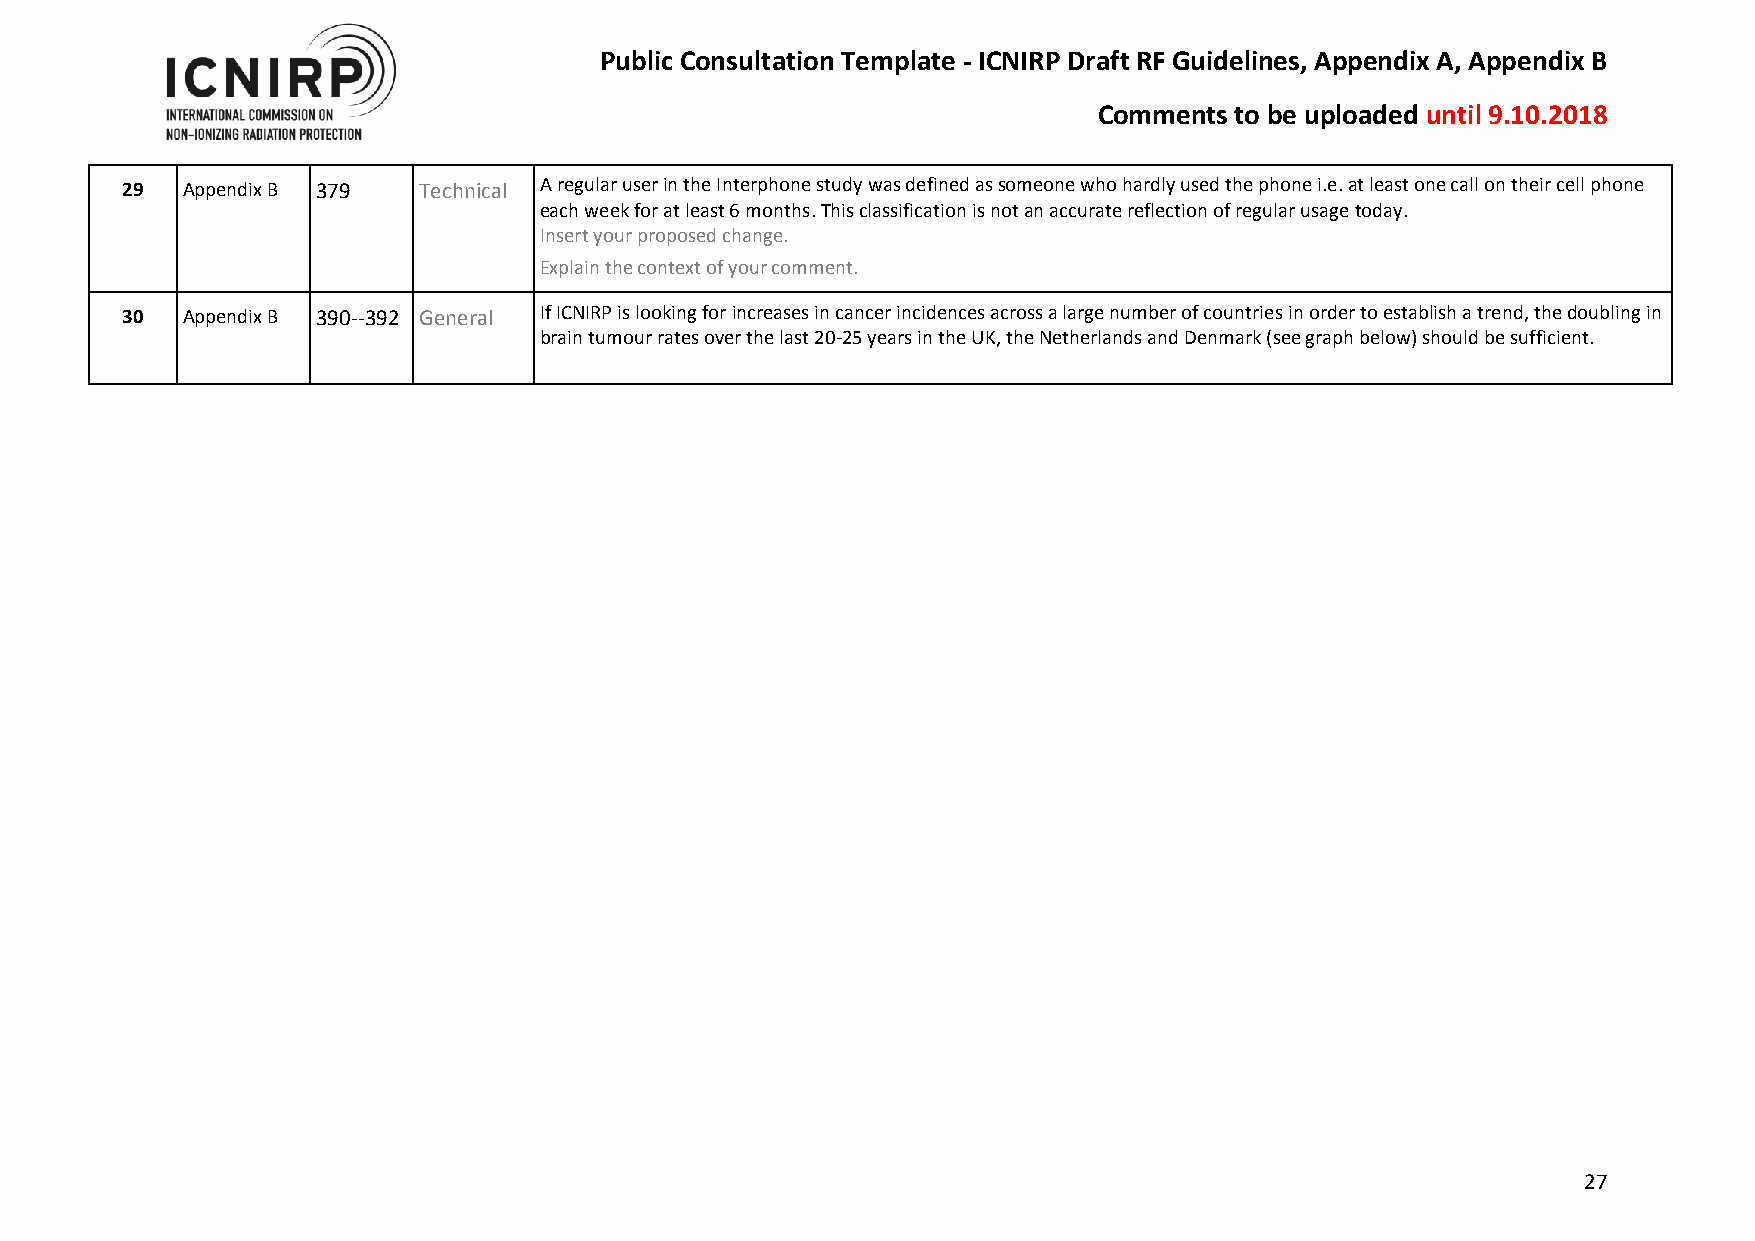
Public Consultation Template - ICNIRP Draft RF Guidelines, Appendix A, Appendix B
 Comments to be uploaded until 9.10.2018
 29  Appendix B 379  Technical A regular user in the Interphone study was defined as someone who hardly used the phone i.e. at least one call on their cell phone
 each week for at least 6 months. This classification is not an accurate reflection of regular usage today.
 Insert your proposed change.
 Explain the context of your comment.
 30  Appendix B 390--392 General If ICNIRP is looking for increases in cancer incidences across a large number of countries in order to establish a trend, the doubling in
 brain tumour rates over the last 20-25 years in the UK, the Netherlands and Denmark (see graph below) should be sufficient.
 27